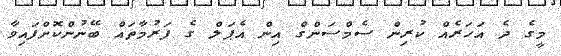
މީގެ ދެ އަހަރެއް ކުރިން ސެމްސަންގް އިން އެޕަލް ގެ ފަރުމާތައް ބޭނުންކޮށްފައިވާ